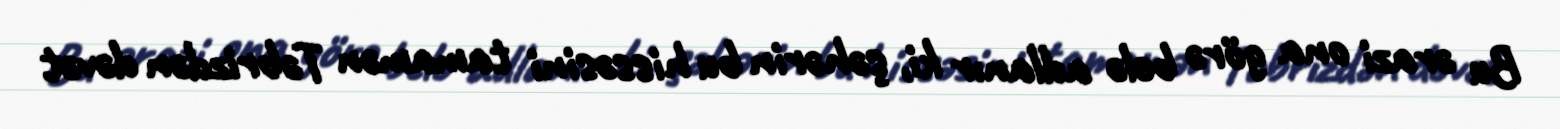
Bu ərazi ona görə belə adlanır ki, şəhərin bu hissəsini tamamən Təbrizdən dəvət